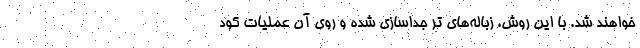
خواهند شد. با این روش، زباله‌های تر جداسازی شده و روی آن عملیات کود